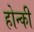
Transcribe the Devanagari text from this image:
होन्की